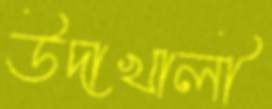
উদাখালী